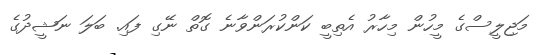
މަޖިލީސްގެ މީހުން މިހާރު އެތިބީ ކަންކުރަންވާނެ ގޮތް ނޭގި ފައި. ބަލަ ނަޝީދުގެ